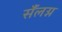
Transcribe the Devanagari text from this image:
सँलग्न